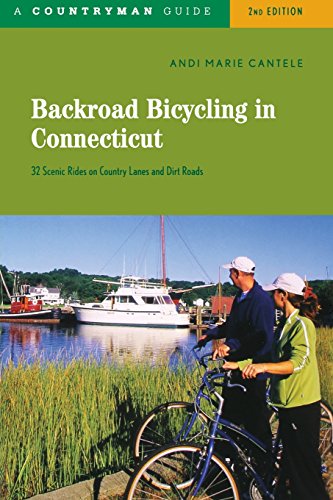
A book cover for Backroad Bicycling in Connecticut: 32 Scenic Rides on Country Roads & Dirt Lanes (Second Edition)  (Backroad Bicycling); Andi Marie Cantele; Travel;